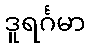
ဒူရင်္ဂမာ